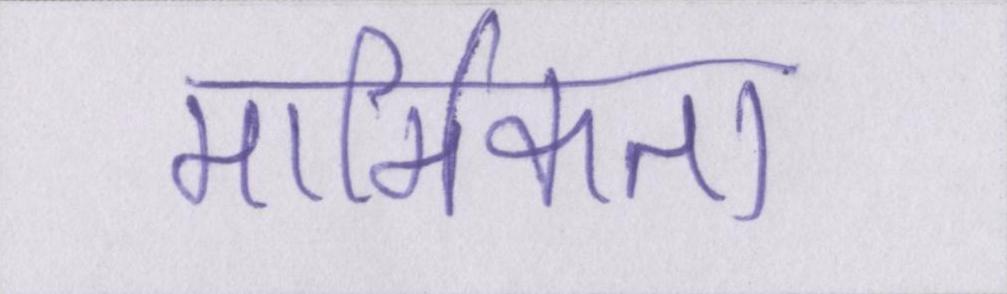
मार्मिकता